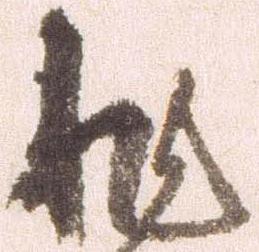
非